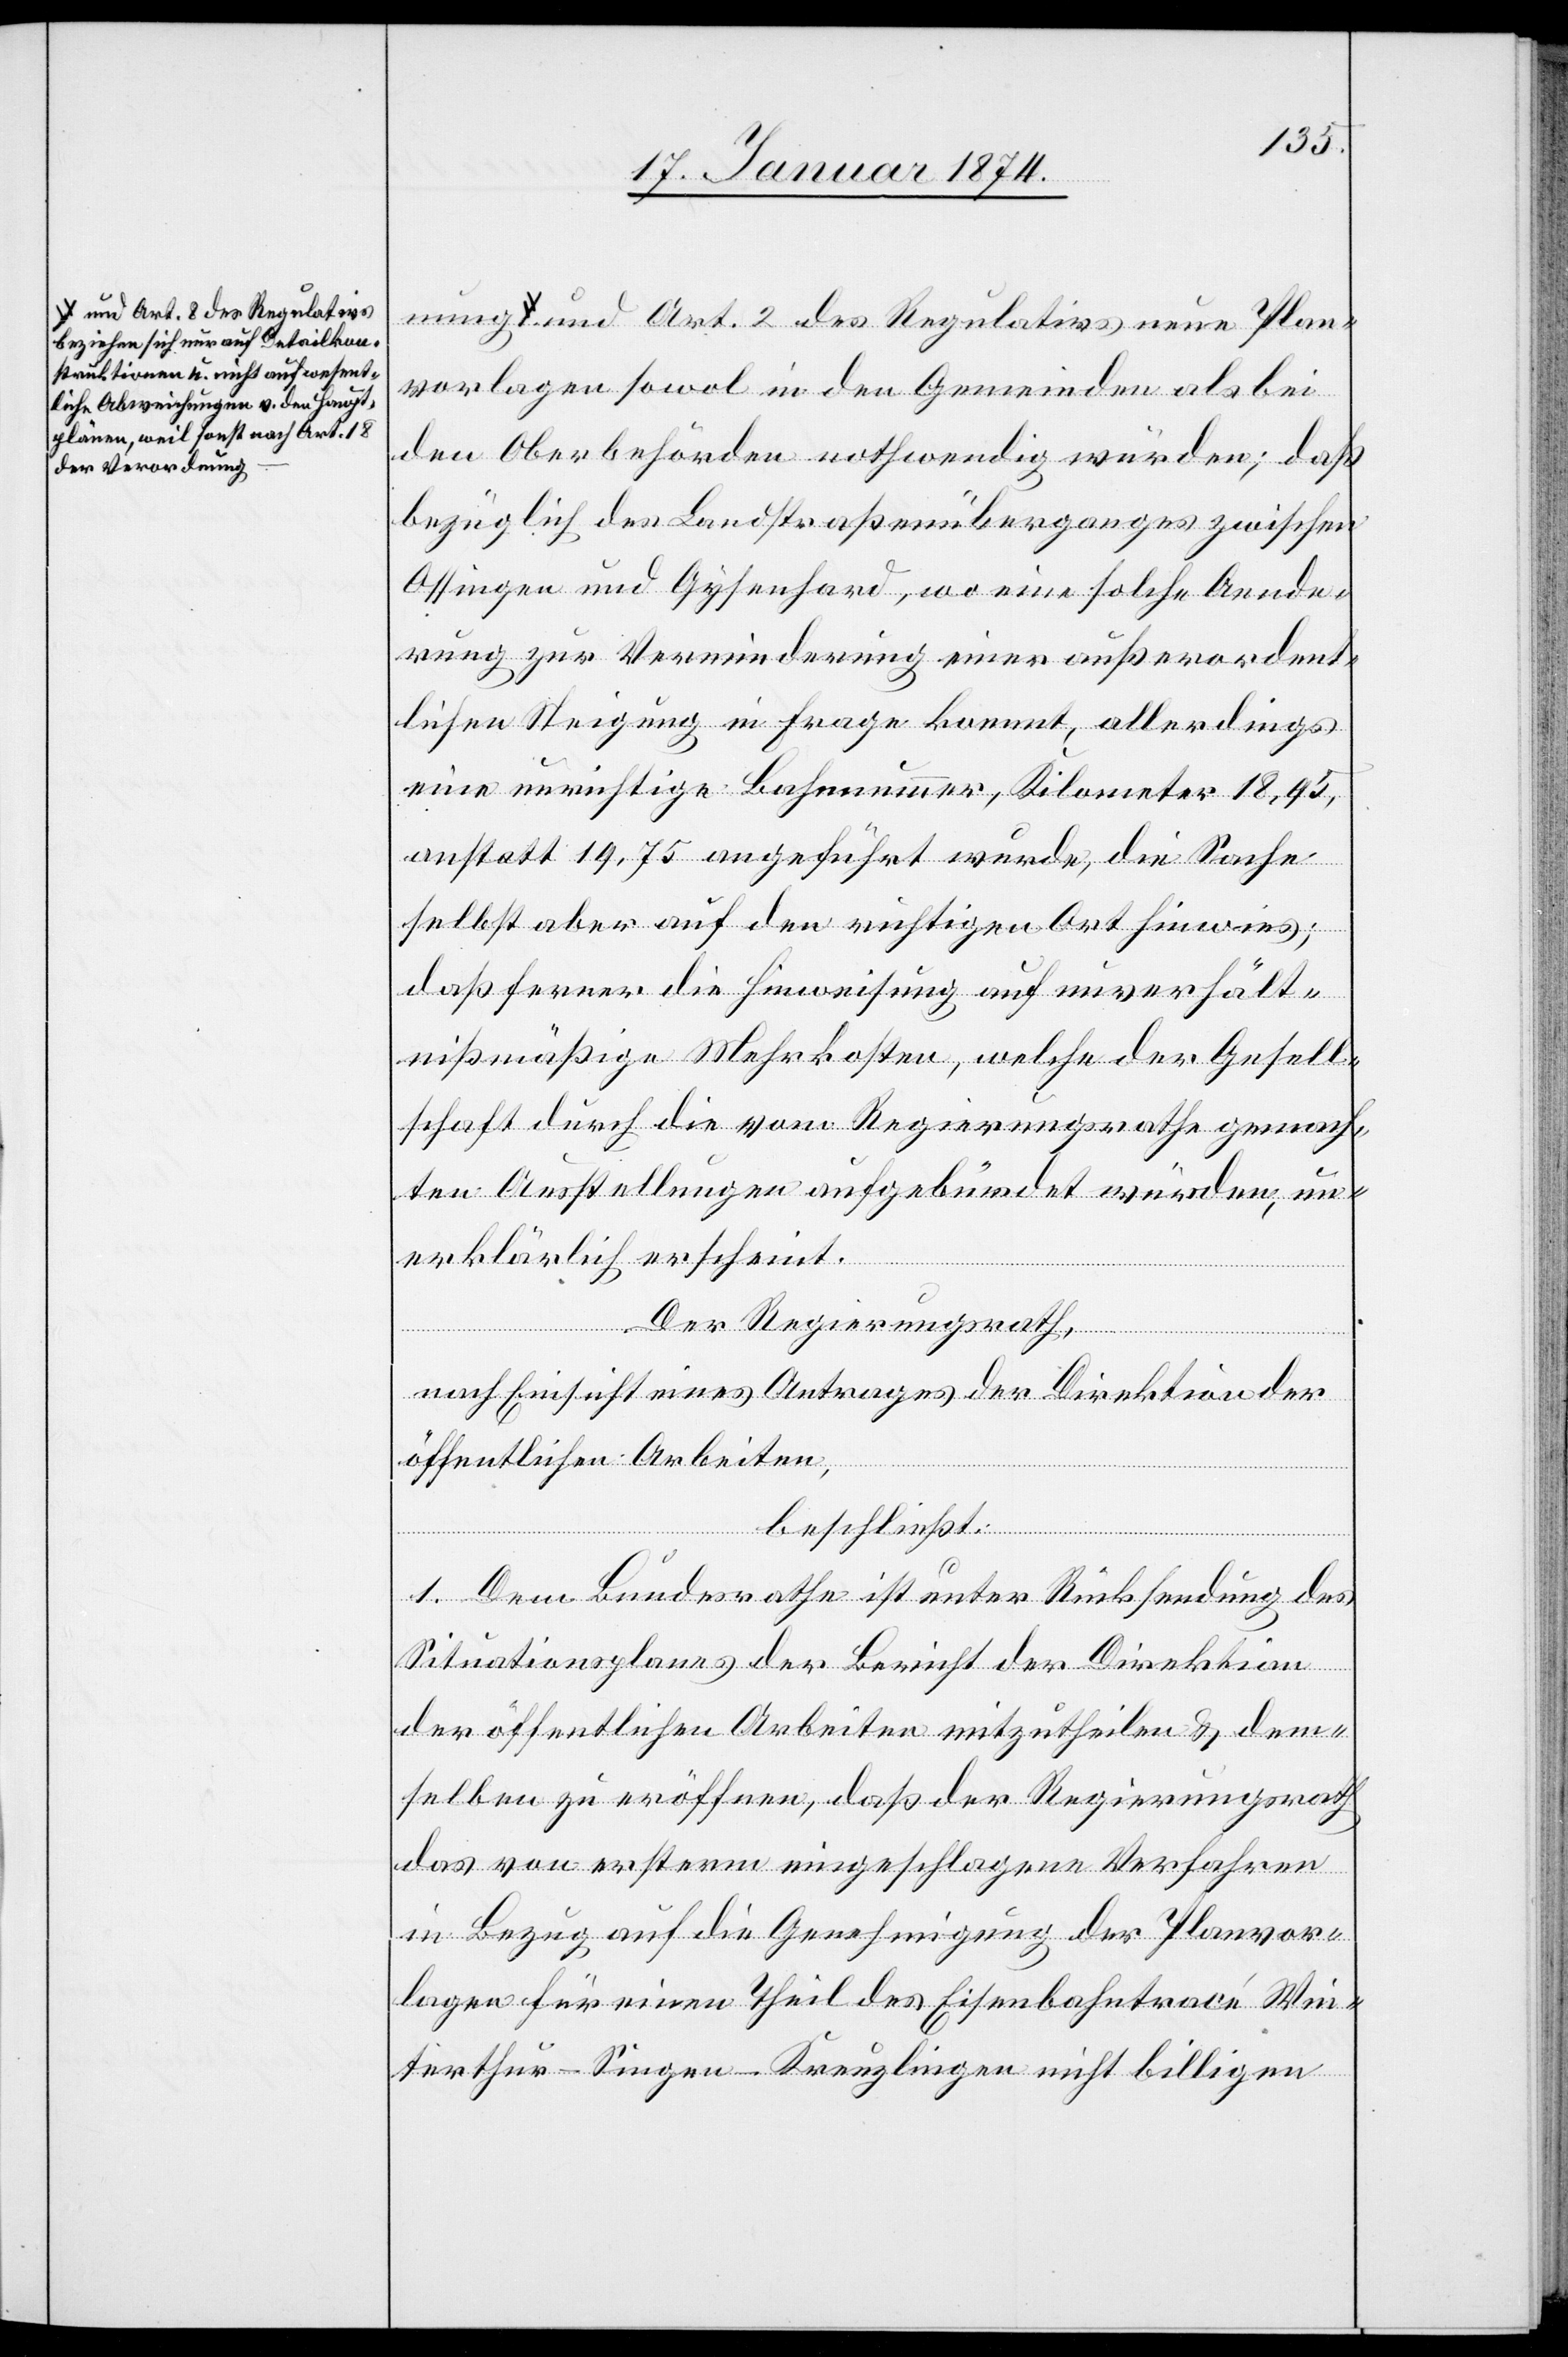
a-und Art. 8 des Regulativs
beziehen sich nur auf Detailkor¬
rektionen u. nicht auf wesent¬
liche Abweichungen v. den Haupt¬
plänen, weil sonst nach Art. 18
der Verordnu¬

ng-a und Art. 2 des Regulativs neue Plan¬
vorlagen sowol in den Gemeinden als bei
den Oberbehörden nothwendig würden; daß
bezüglich den [sic!] Landstraßenüberganges zwischen
Ossingen und Gysenhard, wo eine solche Aende¬
rung zur Verminderung einer außerordent¬
lichen Steigung in Frage kommt, allerdings
eine unrichtige Bahnnummer, Kilometer 18,95,
anstatt 19,75 angeführt wurde, die Sache
selbst aber auf den richtigen Ort hinwies;
daß ferner die Hinweisung auf unverhält¬
nißmäßige Mehrkosten, welche der Gesell¬
schaft durch die vom Regierungsrath gemach¬
ten Ausstellungen aufgebürdet würden, un¬
erklärlich erscheint.
Der Regierungsrath,
nung
nach Einsicht eines Antrages der Direktion der
öffentlichen Arbeiten,
beschließt:
1. Dem Bundesrathe ist unter Rücksendung des
Situationsplanes der Bericht der Direktion
der öffentlichen Arbeiten mitzutheilen & dem¬
selben zu eröffnen, daß der Regierungsrath
das von ersterm eingeschlagene Verfahren
in Bezug auf die Genehmigung der Planvor¬
lagen für einen Theil des Eisenbahntracé Win¬
terthur-Singen-Kreuzlingen nicht billigen